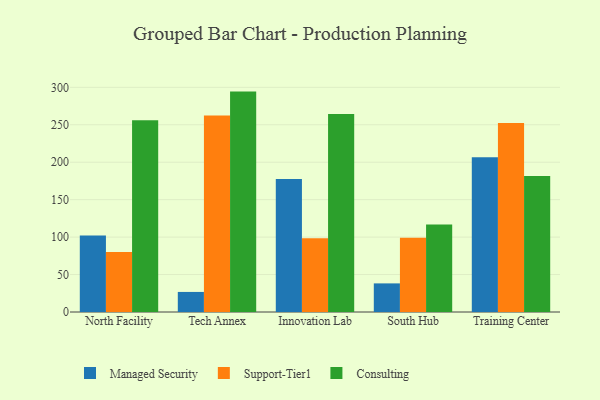
{"axis": {"x": "Campus", "y": "Website Visitors"}, "legend": ["Consulting", "Managed Security", "Support-Tier1"], "data": [{"x": "North Facility", "y": 102.1, "type": "Managed Security"}, {"x": "North Facility", "y": 80.1, "type": "Support-Tier1"}, {"x": "North Facility", "y": 256.2, "type": "Consulting"}, {"x": "Tech Annex", "y": 26.8, "type": "Managed Security"}, {"x": "Tech Annex", "y": 262.4, "type": "Support-Tier1"}, {"x": "Tech Annex", "y": 294.3, "type": "Consulting"}, {"x": "Innovation Lab", "y": 177.5, "type": "Managed Security"}, {"x": "Innovation Lab", "y": 98.6, "type": "Support-Tier1"}, {"x": "Innovation Lab", "y": 264.3, "type": "Consulting"}, {"x": "South Hub", "y": 38.2, "type": "Managed Security"}, {"x": "South Hub", "y": 99.0, "type": "Support-Tier1"}, {"x": "South Hub", "y": 116.9, "type": "Consulting"}, {"x": "Training Center", "y": 206.6, "type": "Managed Security"}, {"x": "Training Center", "y": 252.3, "type": "Support-Tier1"}, {"x": "Training Center", "y": 181.7, "type": "Consulting"}]}